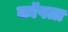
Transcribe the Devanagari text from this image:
कॉपता